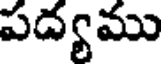
పద్యము